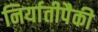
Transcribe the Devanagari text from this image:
निर्यातीपैकी